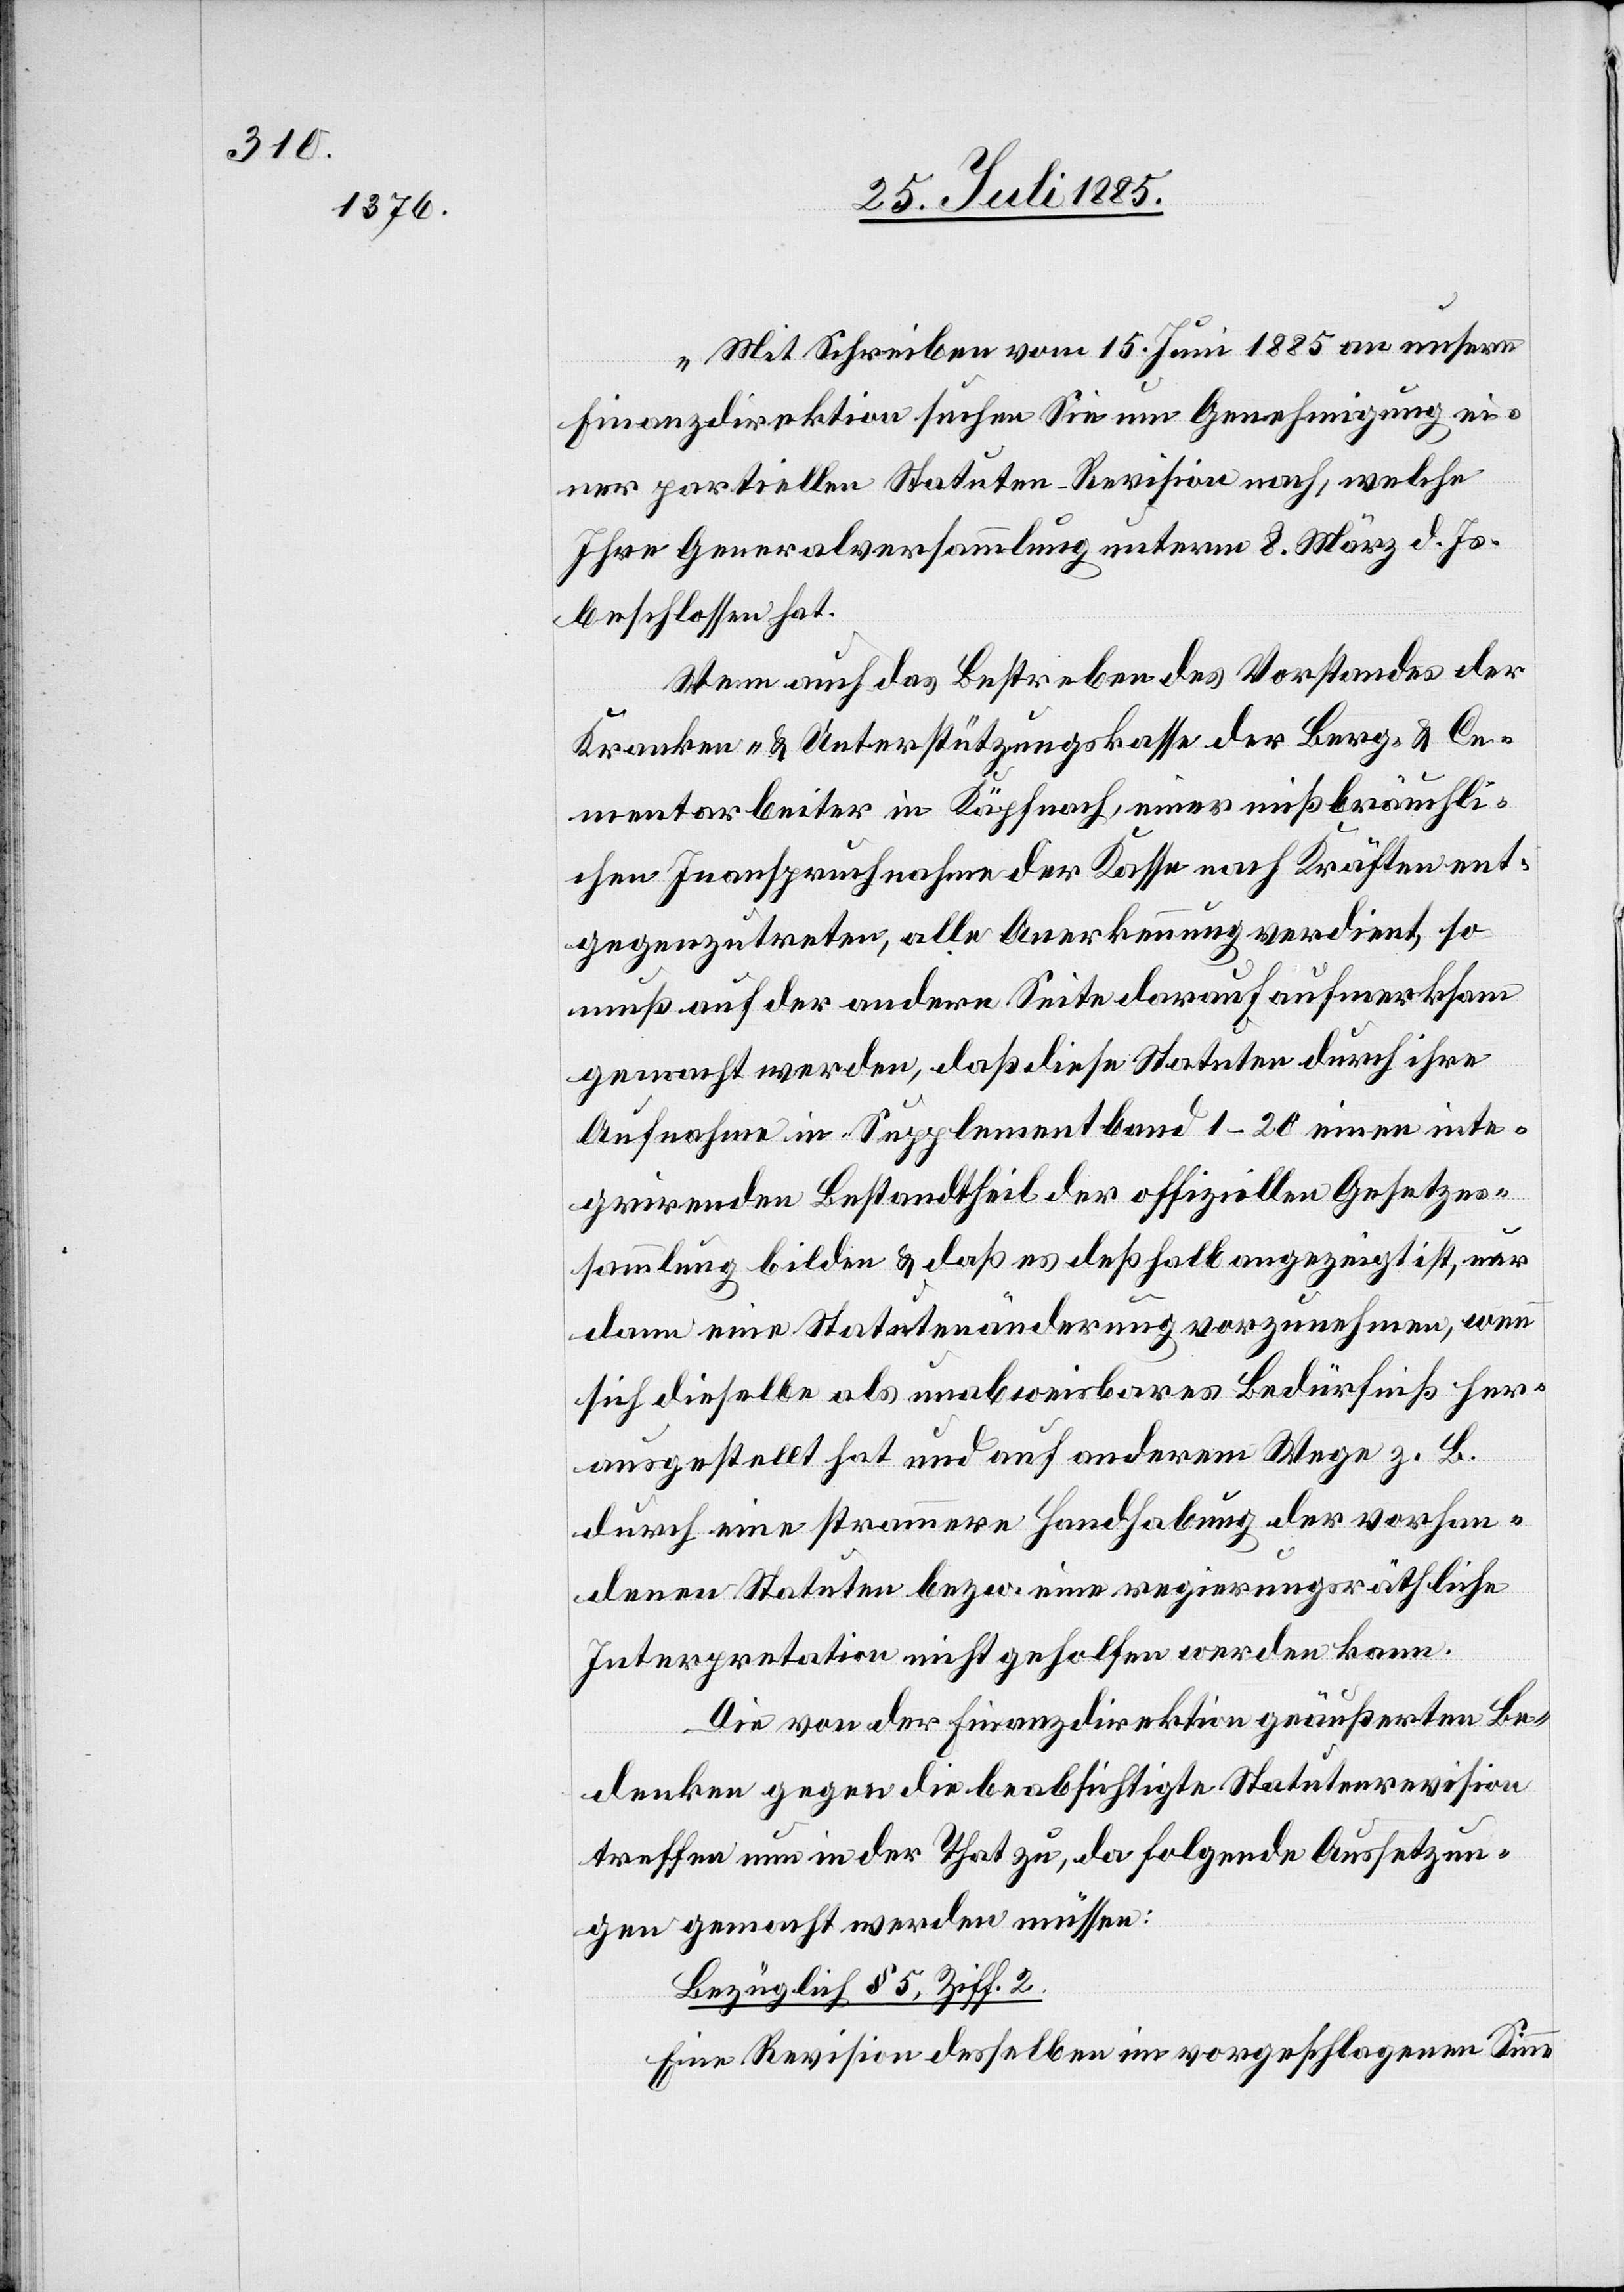
„Mit Schreiben vom 15. Juni 1885 an unsere
Finanzdirektion suchen Sie um Genehmigung ei¬
ner partiellen Statuten-Revision nach, welche
Ihre Generalversammlung unterm 8. März d. Js.
beschlossen hat.
Wenn auch das Bestreben des Vorstandes der
Kranken- & Unterstützungskasse der Berg- & Ce¬
mentarbeiter in Käpfnach, einer mißbräuchli¬
chen Inanspruchnahme der Kasse nach Kräften ent¬
gegenzutreten, alle Anerkennung verdient, so
muß auf der andern Seite darauf aufmerksam
gemacht werden, daß diese Statuten durch ihre
Aufnahme in Supplementband 1–20 einen inte¬
grirenden Bestandtheil der offiziellen Gesetzes¬
sammlung bilden & daß es deßhalb angezeigt ist, nur
dann eine Statutenänderung vorzunehmen, wenn
sich dieselbe als unabweisbares Bedürfniß her¬
ausgestellt hat und auf anderem Wege z. B.
durch eine strammere Handhabung der vorhan¬
denen Statuten bezw. eine regierungsräthliche
Interpretation nicht geholfen werden kann.
Die von der Finanzdirektion geäußerten Be¬
denken gegen die beabsichtigte Statutenrevision
treffen nun in der That zu, da folgende Aussetzun¬
gen gemacht werden müssen:
Bezüglich § 5, Ziff. 2.
Eine Revision desselben im vorgeschlagenen Sinne